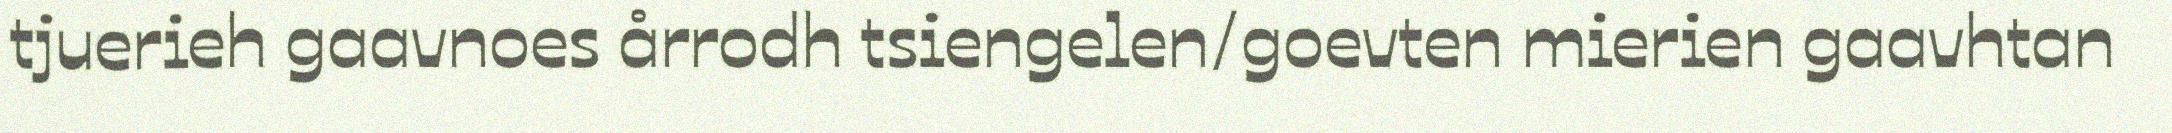
tjuerieh gaavnoes årrodh tsiengelen/goevten mierien gaavhtan